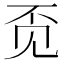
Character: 𲁑